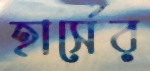
হার্সের